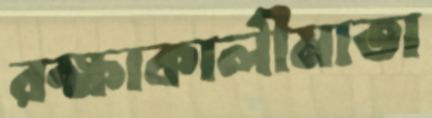
রক্ষাকালীমাতা